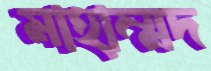
মাহাম্মদ